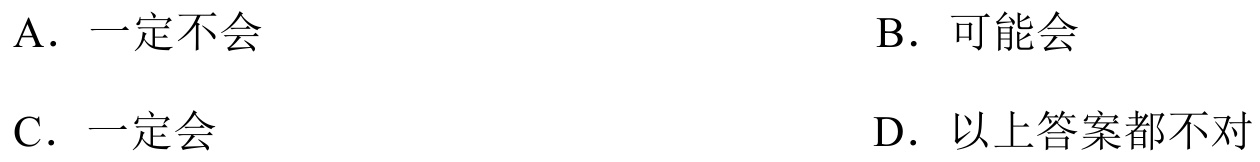
A. 一定不会  \quad B. 可能会
C. 一定会  \quad D. 以上答案都不对